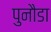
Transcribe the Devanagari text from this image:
पुनौडा